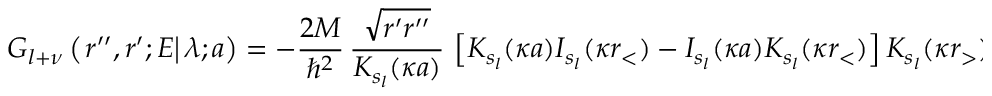
G _ { l + \nu } \left( \left. r ^ { \prime \prime } , r ^ { \prime } ; E \right| \lambda ; a \right) = - \frac { 2 M } { \hbar ^ { 2 } } \, \frac { \sqrt { r ^ { \prime } r ^ { \prime \prime } } } { K _ { s _ { l } } ( \kappa a ) } \, \left[ K _ { s _ { l } } ( \kappa a ) I _ { s _ { l } } ( \kappa r _ { < } ) - I _ { s _ { l } } ( \kappa a ) K _ { s _ { l } } ( \kappa r _ { < } ) \right] K _ { s _ { l } } ( \kappa r _ { > } ) \; ,